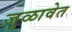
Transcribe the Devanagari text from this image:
जुळावेत